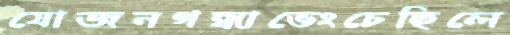
যোজনগন্ধাভেংচেছিলে